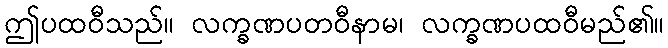
ဤပထဝီသည်။ လက္ခဏပတဝီနာမ၊ လက္ခဏပထဝီမည်၏။